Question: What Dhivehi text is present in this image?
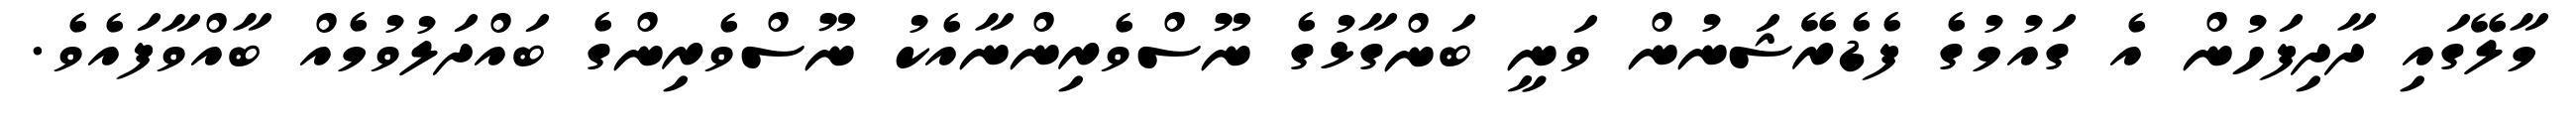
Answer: މާލޭގައި ދާދިފަހުން އެ ގައުމުގެ ފެޑެރޭޝަނުން ވަނީ ބަންގާޅުގެ ނޫސްވެރިންނާއެކު ނޫސްވެރިންގެ ބައްދަލުވުމެއް ބާއްވާފައެވެ.